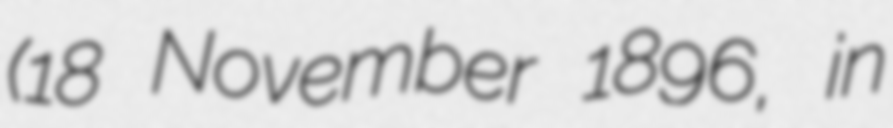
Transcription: (18 November 1896, in